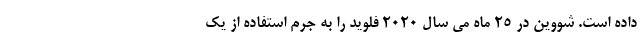
داده است. شووین در 25 ماه می سال 2020 فلوید را به جرم استفاده از یک